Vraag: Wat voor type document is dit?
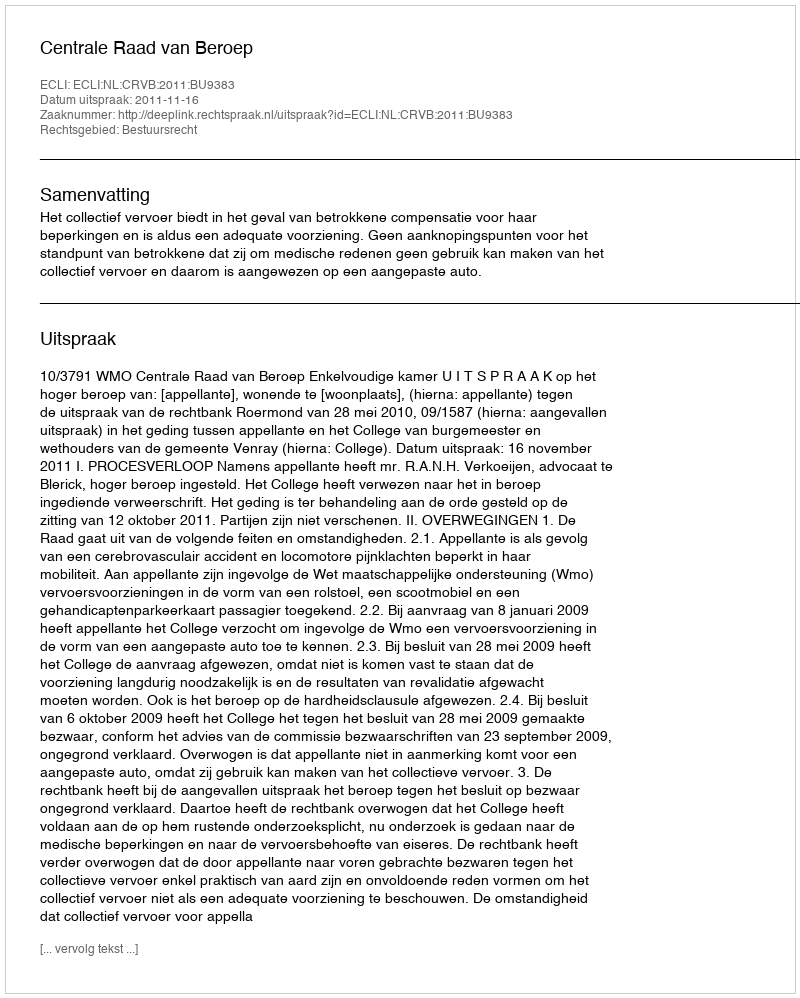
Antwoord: Uitspraak